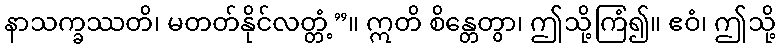
နာသက္ခဿတိ၊ မတတ်နိုင်လတ္တံ့”။ ဣတိ စိန္တေတွာ၊ ဤသို့ကြံ၍။ ဧဝံ၊ ဤသို့